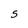
Character: 5